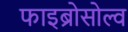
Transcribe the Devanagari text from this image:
फाइब्रोसोल्व